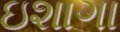
ઇશાગા